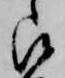
被